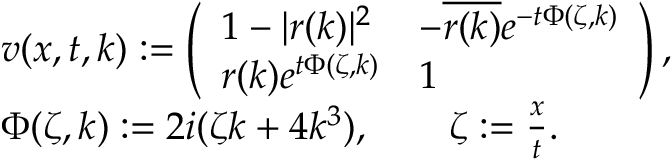
\begin{array} { r l } & { v ( x , t , k ) : = \left( \begin{array} { l l } { 1 - | r ( k ) | ^ { 2 } } & { - \overline { { r ( k ) } } e ^ { - t \Phi ( \zeta , k ) } } \\ { r ( k ) e ^ { t \Phi ( \zeta , k ) } } & { 1 } \end{array} \right) , } \\ & { \Phi ( \zeta , k ) : = 2 i ( \zeta k + 4 k ^ { 3 } ) , \qquad \zeta : = \frac { x } { t } . } \end{array}